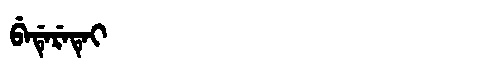
Manchu: ᠪᡝᡩᡝᡵᡝᡨᡝᡳ
Romanization: BEDERETEI